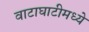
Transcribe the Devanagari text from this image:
वाटाघाटीमध्ये